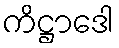
ကိဋ္ဌာဒေါ